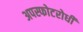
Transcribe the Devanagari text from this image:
अपस्फोटरोधी